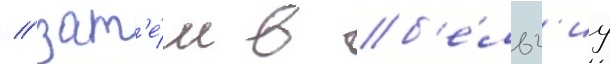
/ зат'е́м в б'е́льг'иу